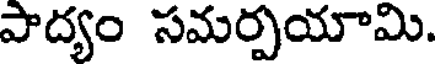
పాద్యం సమర్పయామి.